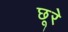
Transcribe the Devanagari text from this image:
छूरे